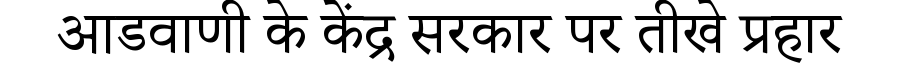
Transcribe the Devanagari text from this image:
आडवाणी के केंद्र सरकार पर तीखे प्रहार